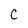
Character: C